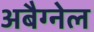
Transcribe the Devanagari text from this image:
अबैग्नेल